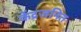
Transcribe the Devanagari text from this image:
केंद्रजनित